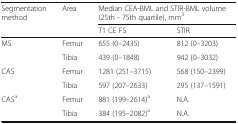
<table><thead><tr><td rowspan="2"><b>Segmentation method</b></td><td rowspan="2"><b>Area</b></td><td colspan="2"><b>Median CEA-BML and STIR-BML volume (25th - 75th quartile), mm<sup>3</sup></b></td></tr><tr><td><b>T1 CE FS</b></td><td><b>STIR</b></td></tr></thead><tbody><tr><td rowspan="2">MS</td><td>Femur</td><td>655 (0–2435)</td><td>812 (0–3203)</td></tr><tr><td>Tibia</td><td>439 (0–1848)</td><td>942 (0–3032)</td></tr><tr><td rowspan="2">CAS</td><td>Femur</td><td>1281 (251–3715)</td><td>568 (150–2399)</td></tr><tr><td>Tibia</td><td>597 (207–2633)</td><td>295 (137–1591)</td></tr><tr><td rowspan="2">CAS<sup>a</sup></td><td>Femur</td><td>881 (199–2614)<sup>a</sup></td><td>N.A.</td></tr><tr><td>Tibia</td><td>384 (195–2082)<sup>a</sup></td><td>N.A.</td></tr></tbody></table>